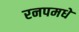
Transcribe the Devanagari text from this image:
रनपमधे